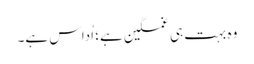
وہ بہت ہی غمگین ہے؛ اُداس ہے۔